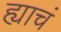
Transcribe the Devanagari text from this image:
ह्याचं